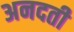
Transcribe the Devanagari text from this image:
अनदती